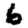
Digit: 6